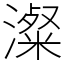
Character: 澯